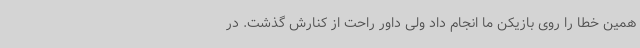
همین خطا را روی بازیکن ما انجام داد ولی داور راحت از کنارش گذشت. در